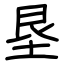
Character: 垦